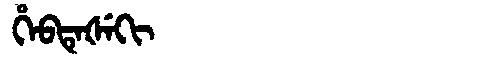
Manchu: ᡥᡝᠪᡨᡝᡧᡝᡴᡳ
Romanization: HEBTEŠEKI